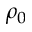
\rho _ { 0 }